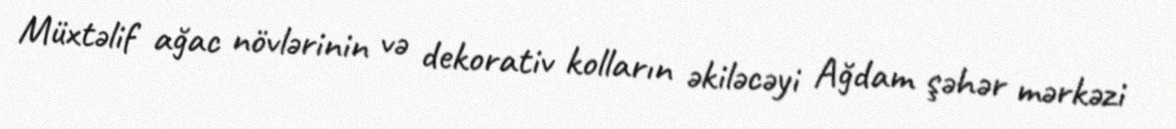
Müxtəlif ağac növlərinin və dekorativ kolların əkiləcəyi Ağdam şəhər mərkəzi